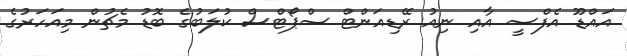
އައްޑޫ އެފްސީ އާއި ނިއު ރޭޑިއަންޓް ސްޕޯޓްސް ކުލަބުގެ ބޮޑު މެޗުން މިއަހަރުގެ